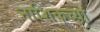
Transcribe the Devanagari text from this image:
नाशिकच्या़